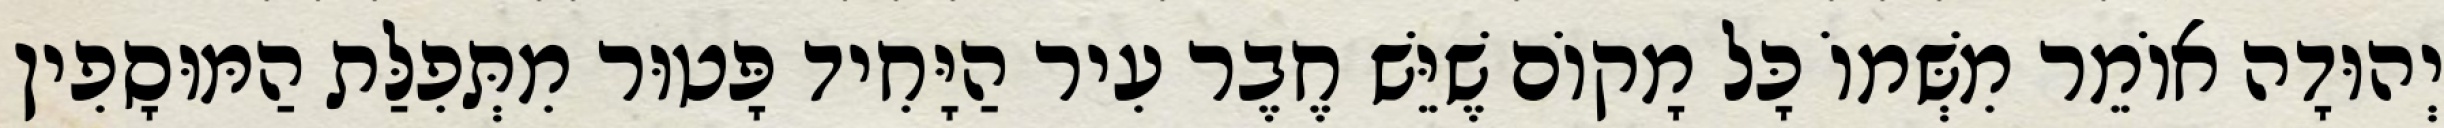
יְהוּדָה אוֹמֵר מִשְּׁמוֹ כָּל מָקוֹם שֶׁיֵּשׁ חֶבֶר עִיר הַיָּחִיד פָּטוּר מִתְּפִלַּת הַמּוּסָפִין